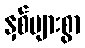
နှစ်များစွာ